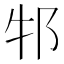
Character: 𬩶